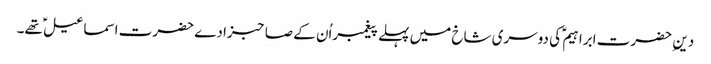
دین ِ حضرت ابراہیم ؑ کی دوسری شاخ میں پہلے پیغمبراُن کے صاحبزادے حضرت اسماعیل ؑ تھے۔